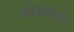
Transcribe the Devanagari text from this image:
ओकबोक